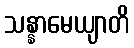
သန္နာမေယျာတိ